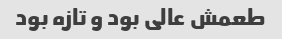
طعمش عالی بود و تازه بود